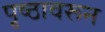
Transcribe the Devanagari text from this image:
पृष्ठावरून